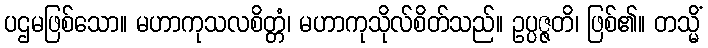
ပဌမဖြစ်သော။ မဟာကုသလစိတ္တံ၊ မဟာကုသိုလ်စိတ်သည်။ ဥပ္ပဇ္ဇတိ၊ ဖြစ်၏။ တသ္မိံ